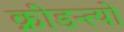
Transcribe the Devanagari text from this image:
क्रीडन्त्यो